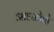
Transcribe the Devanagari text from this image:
आडळोतो